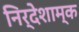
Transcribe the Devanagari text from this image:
निर्देशाम्क